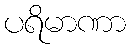
ပရိမာဏာ